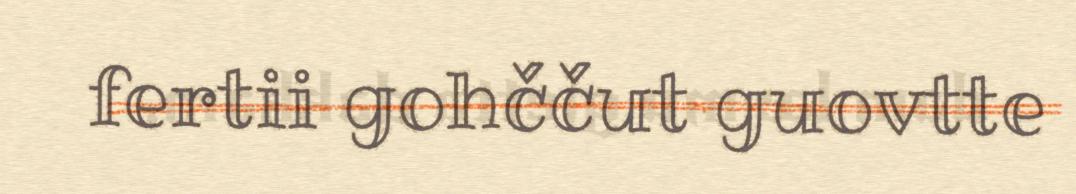
fertii gohččut guovtte